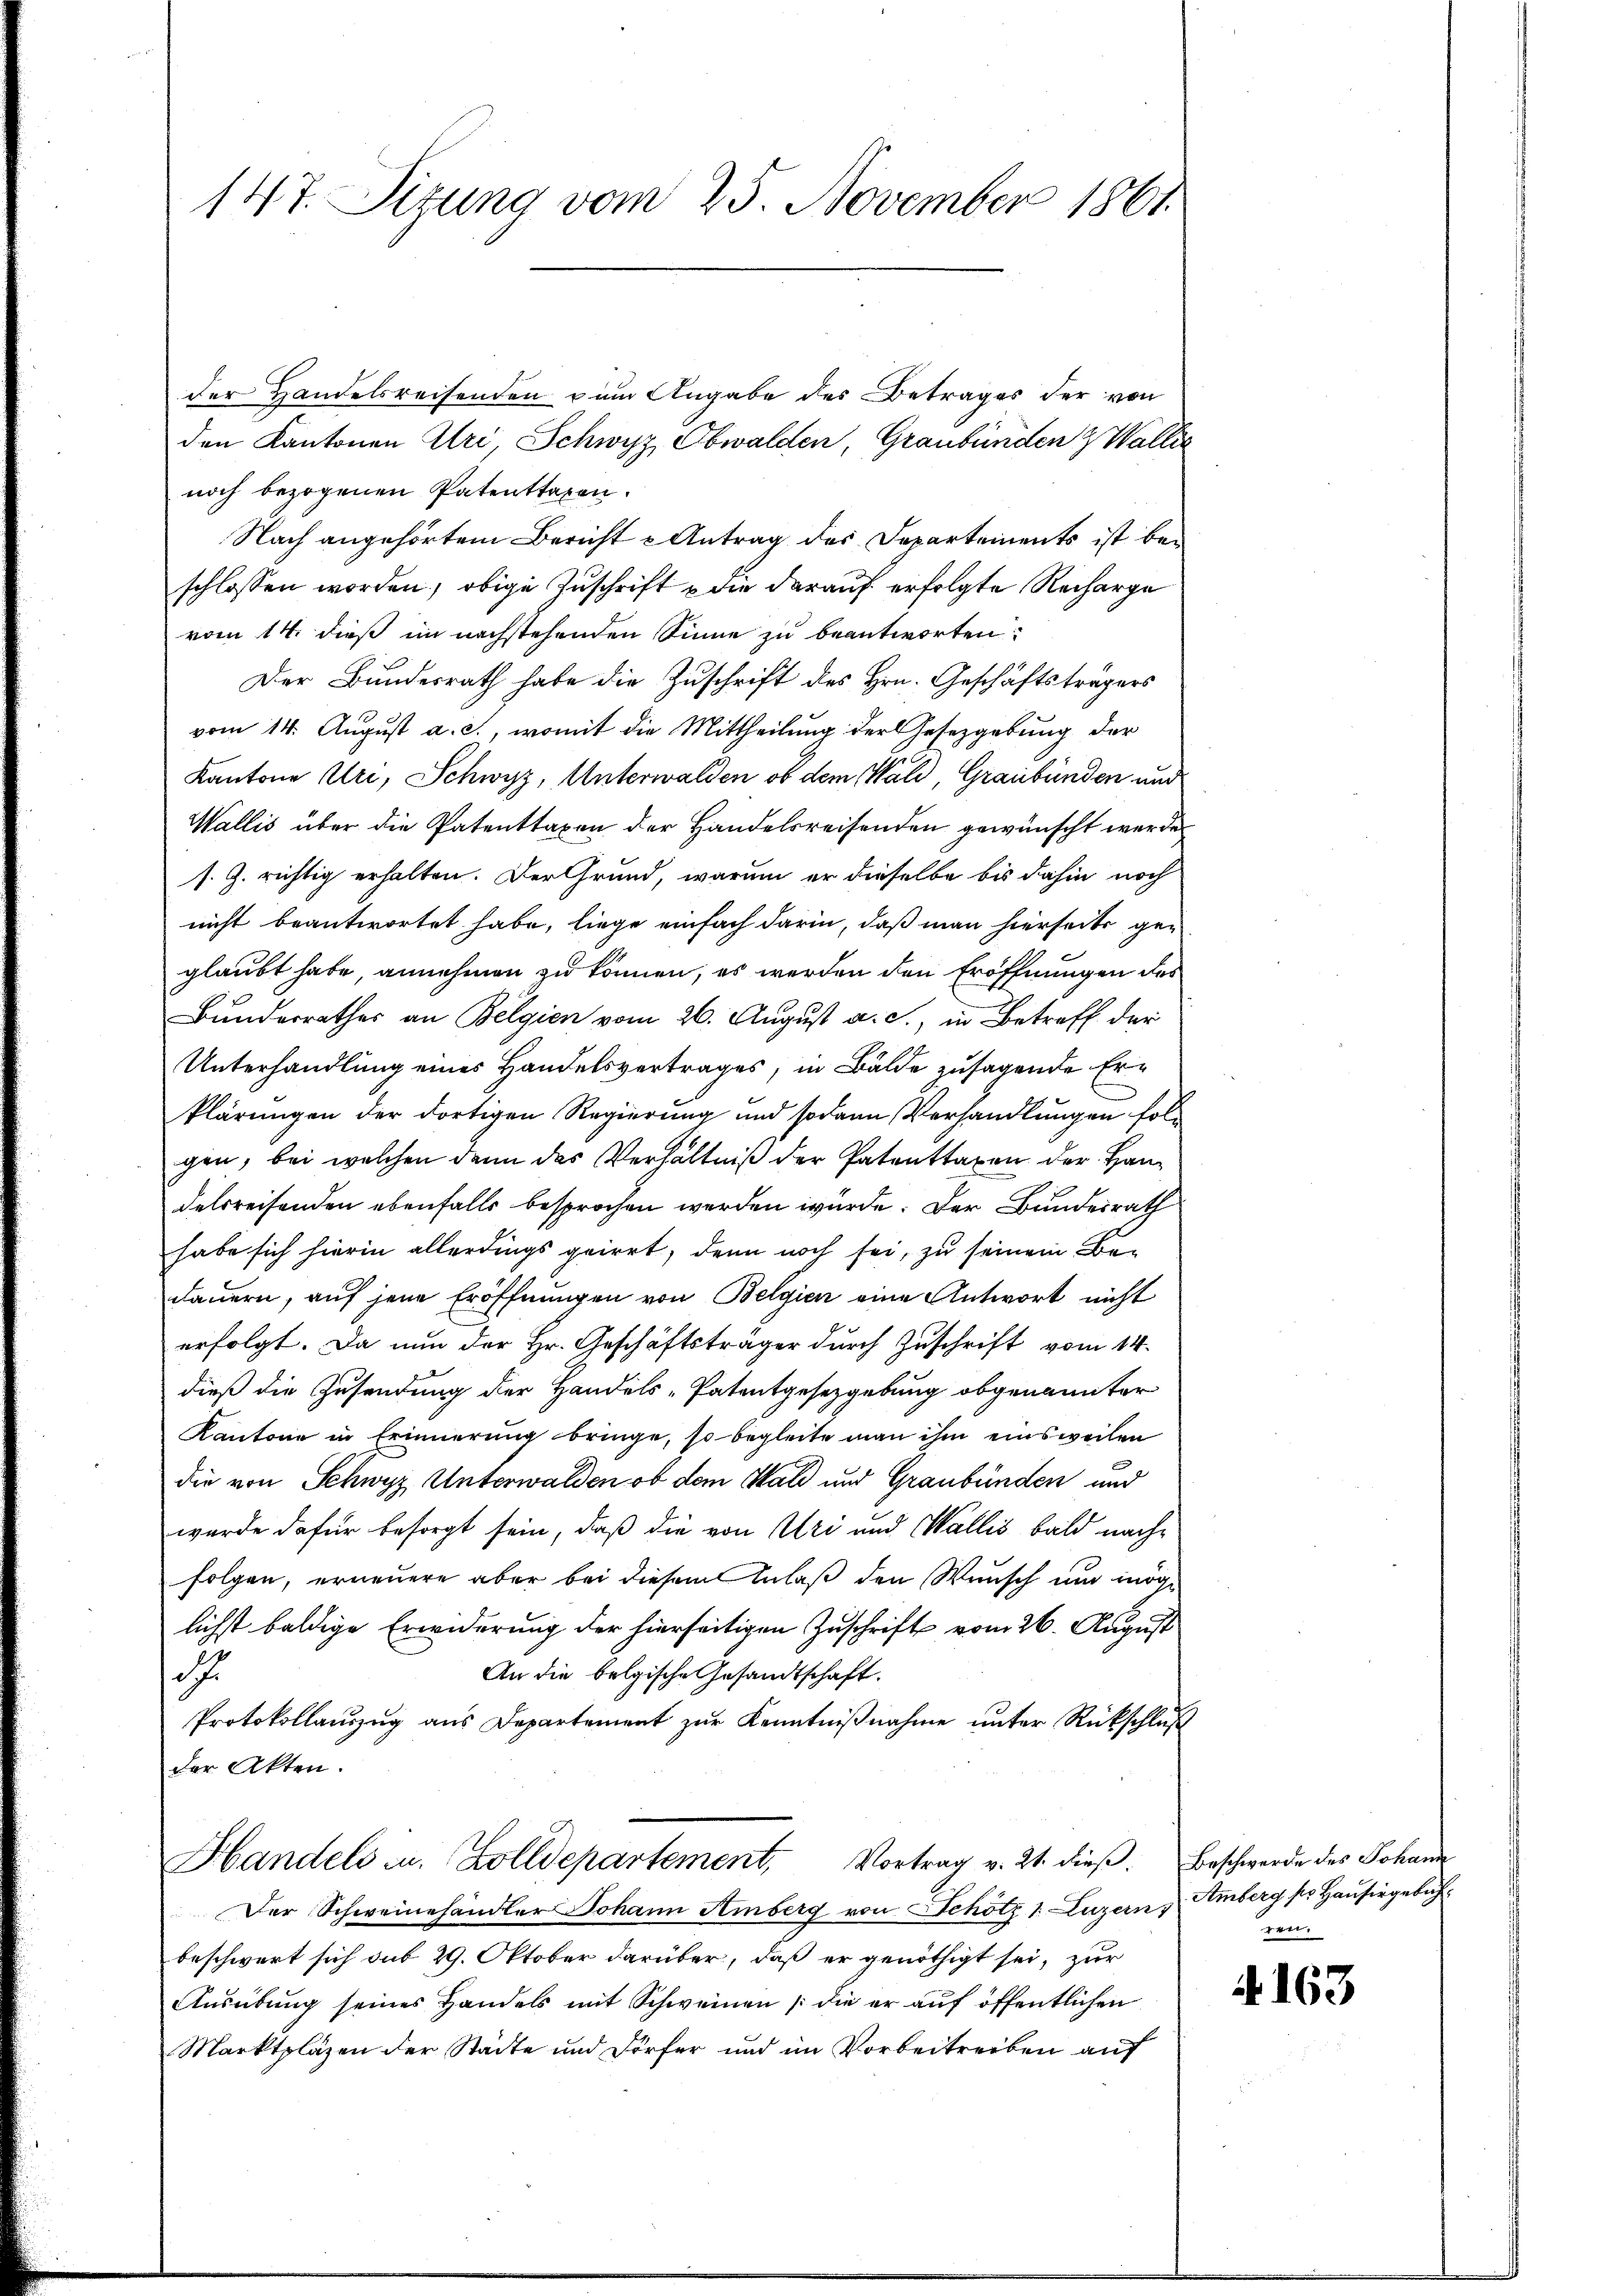
147. Sizung vom 25. November 1861

der Handelsreisenden zum Angabe des Betrages der von
den Kantonen Uri Schwyz, Obwalden, Graubünden & Wallis
noch bezogenen Patenttaxen.
Nach angehörtem Bericht u Antrag des Departements ist beschlossen worden, obige Zuschrift die darauf erfolgte Recharge
vom 14. dieß im nachstehenden Sinne zu beantworten:
Der Bundesrath habe die Zuschrift des Hrn. Geschäftsträgers
vom 14. August a. c., womit die Mittheilung der Gesetzgebung der
Kantone Uri, Schwyz, Unterwalden, ob dem Wald, Graubünden und
Wallis über die Patenttaxen der Handelsreisenden gewünscht werde
s. Z. richtig erhalten. Der Grund, warum er dieselbe bis dahin noch
nicht beantwortet habe, liege einfach darin, daß man hierseits ge-
glaubt habe, annehmen zu können, es werden den Eröffnungen des
Bunderrathes an Belgien vom 26. August a. c., in Betreff der
Unterhandlung eines Handelsvertrages, in Bälde zusagende Er¬
Plärungen der dortigen Regierung und sodann Verhandlungen folgen, bei welchen dann das Verhältniß der Patenttaxen der Handelsreisenden ebenfalls besprochen werden wurde. Der Bundesrath
habe sich hierin allerdings geirrt, denn noch sei, zu seinem Be-
dauern, auf jene Eröffnungen von Belgien eine Antwort nicht
erfolgt. Da nun der Hr. Geschäftsträger durch Zuschrift vom 14.
dieß die Zusendung der Handels-Patentgesetzgebung obgenannter
Kantone in Erinnerung bringe, so begleite man ihm einsweilen
die von Schwyz, Unterwalden ob dem Wald und Graubünden und
wurde dafür besorgt sein, daß die von Uri und Wallis bald nachfolgen, erneuere aber bei diesem Anlaß den Wunsch und möge
lichst baldige Erwiderung der hierseitigen Zuschrift vom 26. August
An die belgische Gesandtschaft.
dh
Protokollauszug aus Departement zur Kenntnißnahme unter Rückschluß
der Akten.
Vortrag v. 21. dieß. Beschwerde des Johann
Handels zu. Zolldepartement,
Der Schweinehandler Johann Amberg von Schotz 1 Luzern,
beschwert sich sub 29. Oktober darüber, daß er genöthigt sei, zur
Ausübung seines Handels mit Schweinen (die er auf öffentlichen
Marktpläzen der Städte und Dörfer und im Vorbeitreiben auf

Amberg so Hausingebühgett

163